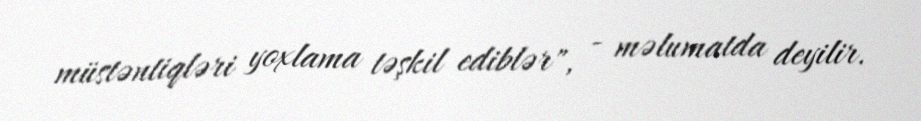
müstəntiqləri yoxlama təşkil ediblər", - məlumatda deyilir.